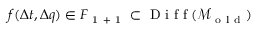
f ( \Delta t , \Delta q ) \in F _ { \mathrm { ~ 1 ~ + ~ 1 ~ } } \subset \mathrm { ~ D ~ i ~ f ~ f ~ } ( \mathcal { M } _ { \mathrm { ~ o ~ l ~ d ~ } } )